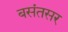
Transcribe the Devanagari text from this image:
बसंतसर